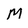
Character: M